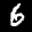
Label: 6